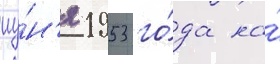
иу́н'я 1953 го́да на́